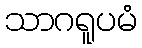
သာဂရူပမံ